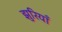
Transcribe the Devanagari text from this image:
झुरियाँ